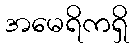
အမေရိကရှိ